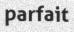
parfait